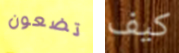
تضعون كيف